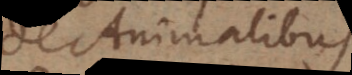
De Animalibus.